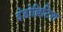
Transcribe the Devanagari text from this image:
इंडोब्रिटिश